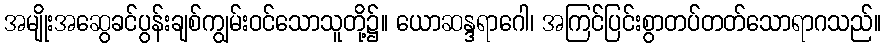
အမျိုးအဆွေခင်ပွန်းချစ်ကျွမ်းဝင်သောသူတို့၌။ ယောဆန္ဒရာဂေါ၊ အကြင်ပြင်းစွာတပ်တတ်သောရာဂသည်။